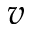
v